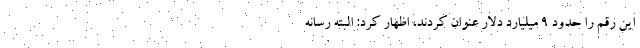
این رقم را حدود 9 میلیارد دلار عنوان کردند، اظهار کرد: البته رسانه